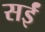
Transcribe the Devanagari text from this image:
सईं